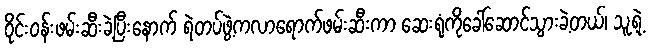
ဝိုင်းဝန်းဖမ်းဆီးခဲ့ပြီးနောက် ရဲတပ်ဖွဲ့ကလာရောက်ဖမ်းဆီးကာ ဆေးရုံကိုခေါ်ဆောင်သွားခဲ့တယ်၊ သူ့ရဲ့